Annual administration report of the Civil Veterinary Department of India - 1898-1899
Year: 1898
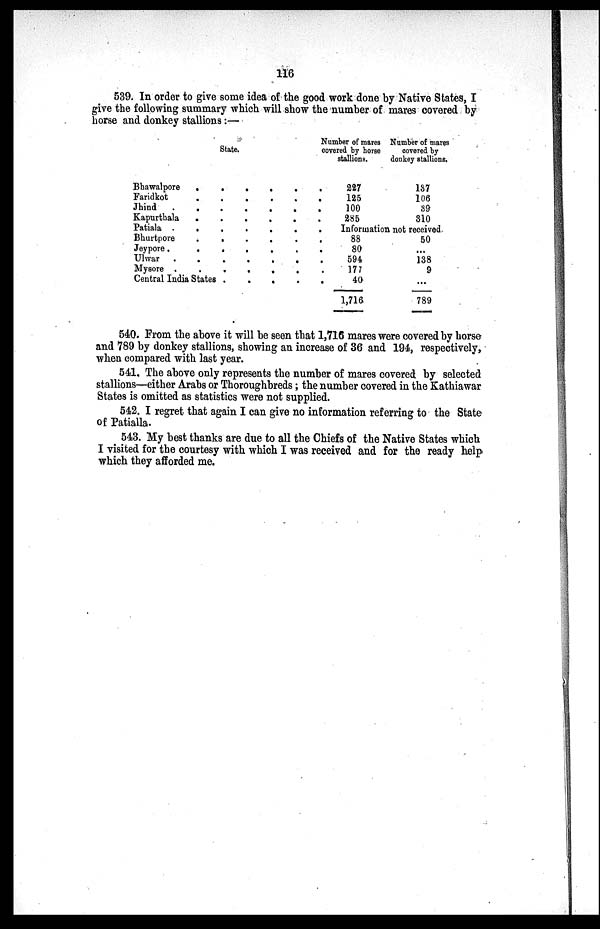
116
539. In order to give some idea of the good work done by Native States, I
give the following summary which will show the number of mares covered by
horse and donkey stallions:—
State.
Bhawalpore . . . . . .
Faridkot . . . . . .
Jhind . . . . . . .
Kapurtbala . . . . . .
Patiala . . . . . . .
Bhurtpore . . . . . .
Jeypore . . . . . . .
Ulwar . . . . . . .
Mysore . . . . . . .
Central India States . . . . .
Number of mares
covered by horse
stallions.
227
125
100
285
Number of mares
covered by
donkey stallions.
137
106
39
310
Information not received
88
80
594
177
40
1,716
50
...
138
9
...
789
540. From the above it will be seen that 1,716 mares were covered by horse
and 789 by donkey stallions, showing an increase of 36 and 194, respectively,
when compared with last year.
541. The above only represents the number of mares covered by selected
stallions—either Arabs or Thoroughbreds; the number covered in the Kathiawar
States is omitted as statistics were not supplied.
542. I regret that again I can give no information referring to the State
of Patialla.
543. My best thanks are due to all the Chiefs of the Native States which
I visited for the courtesy with which I was received and for the ready help
which they afforded me.